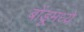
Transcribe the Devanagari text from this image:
बोंडूमध्ये